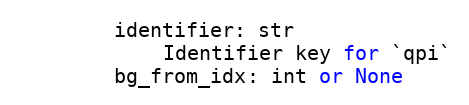
Language: Python
        identifier: str
            Identifier key for `qpi`
        bg_from_idx: int or None